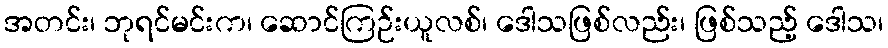
အတင်း၊ ဘုရင်မင်းက၊ ဆောင်ကြဉ်းယူလစ်၊ ဒေါသဖြစ်လည်း၊ ဖြစ်သည့် ဒေါသ၊